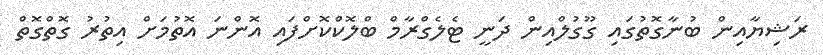
ރަޝިޔާއިން ބުނާގޮތުގައި ގޫގުލްއިން ދަނީ ޓެލެގްރާމް ބްލޮކްކޮށްފައި އޮންނަ އޮތުމަށް އިތުރު ގޮތްގޮތް